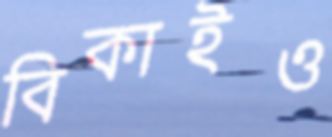
বিকাইও